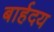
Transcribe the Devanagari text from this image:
बार्हदय